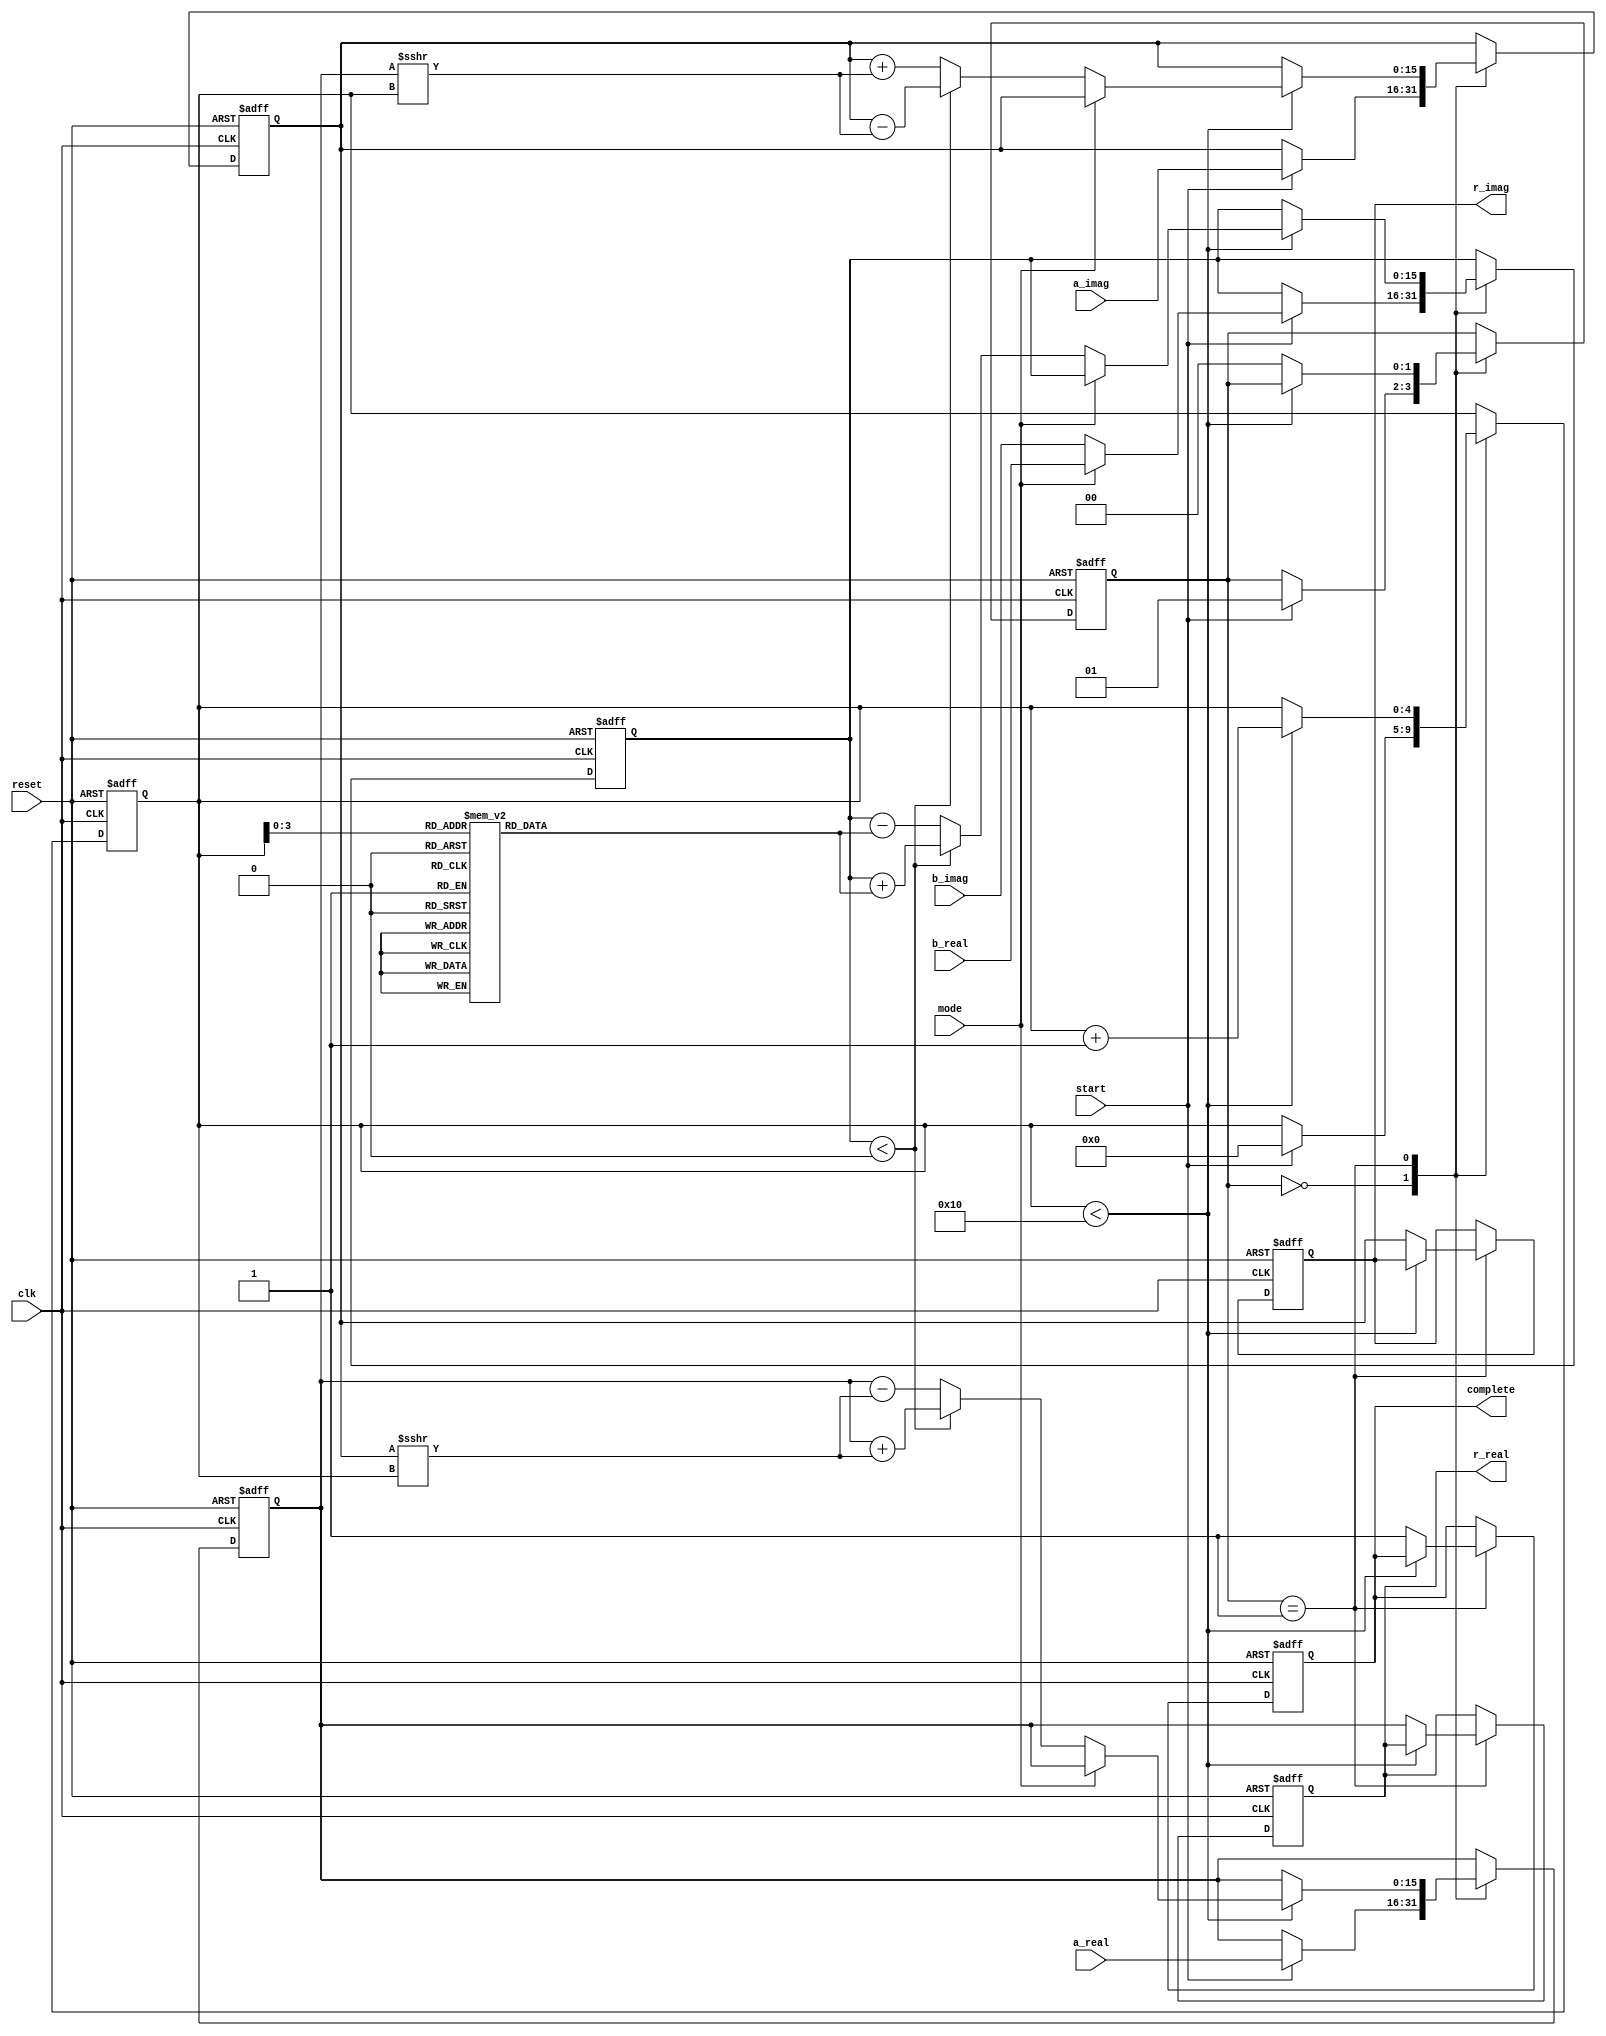
module complex_cordic (
    input wire clk,
    input wire reset,
    input wire start,
    input wire mode,  // 0 for Rotation, 1 for Vectoring
    input wire [15:0] a_real,     // Input A real part
    input wire [15:0] a_imag,     // Input A imaginary part
    input wire [15:0] b_real,     // Input B real part
    input wire [15:0] b_imag,     // Input B imaginary part
    output reg [15:0] r_real,     // Result real part
    output reg [15:0] r_imag,     // Result imaginary part
    output reg complete           // Operation complete flag
);

    // Constants
    parameter N = 16;           // Number of iterations
    reg [N-1:0] angle_table [0:N-1];  // Lookup table for arctangent values
    reg [15:0] x, y, z;         // CORDIC variables
    reg [4:0] iteration;        // Iteration counter
    reg [1:0] state;            // State for FSM

    // Initialize angle table (arctan(2^-i) for i = 0 to N-1)
    initial begin
        angle_table[0] = 16'h0000; // arctan(1) = 0
        angle_table[1] = 16'h3C90; // arctan(0.5) = 26.565 degrees
        angle_table[2] = 16'h3C30; // arctan(0.25) = 14.036 degrees
        // ... (fill in the rest of the angles)
    end
    
    // State machine for CORDIC operation
    always @(posedge clk or posedge reset) begin
        if (reset) begin
            r_real <= 0;
            r_imag <= 0;
            complete <= 0;
            iteration <= 0;
            x <= 0;
            y <= 0;
            z <= 0;
            state <= 0;
        end else begin
            case (state)
                0: begin // Idle state
                    if (start) begin
                        // Initialize values based on the input
                        x <= a_real;
                        y <= a_imag;
                        z <= (mode == 0) ? b_imag : b_real; // Set z for rotation or vectoring
                        iteration <= 0;
                        state <= 1; // Move to the iterate state
                    end
                end
                1: begin // Iteration state
                    if (iteration < N) begin
                        // CORDIC rotation or vectoring logic
                        if (mode == 0) begin // Rotation mode
                            if (z < 0) begin
                                x <= x + (y >>> iteration);
                                y <= y - (x >>> iteration);
                                z <= z + angle_table[iteration];
                            end else begin
                                x <= x - (y >>> iteration);
                                y <= y + (x >>> iteration);
                                z <= z - angle_table[iteration];
                            end
                        end else begin // Vectoring mode
                            // CORDIC vectoring logic
                            // Typically, you would compute the angle and magnitude here
                            // For the sake of example, we won't implement full vectoring logic
                        end
                        iteration <= iteration + 1;
                    end else begin
                        // Operation complete, store results
                        r_real <= x;
                        r_imag <= y;
                        complete <= 1;
                        state <= 0; // Go back to idle
                    end
                end
            endcase
        end
    end
endmodule